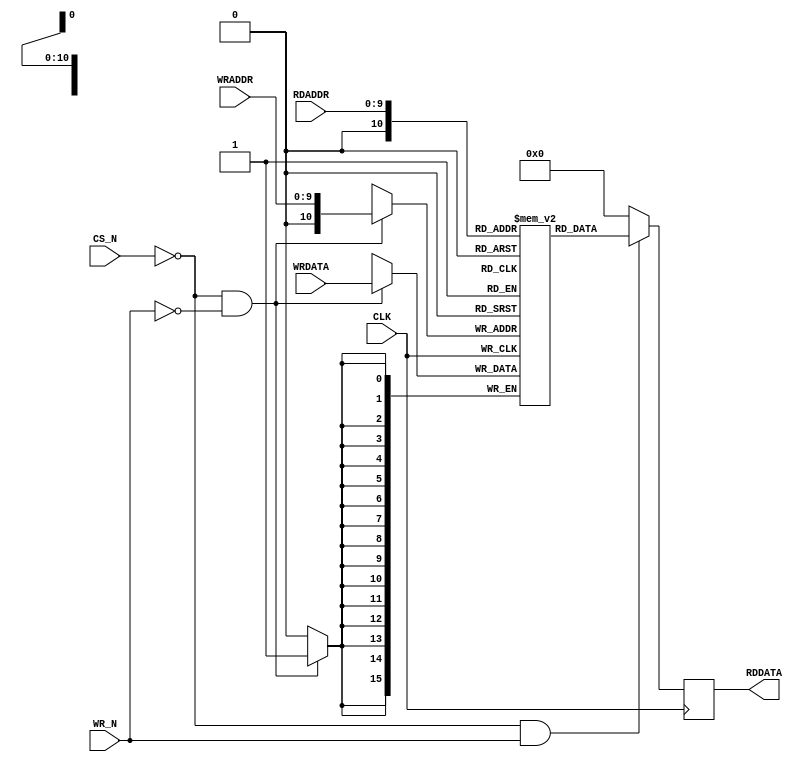
module SRAM (
	CLK,
  CS_N,
  WR_N,
  WRADDR,
  RDADDR,
  WRDATA,
  RDDATA
); 

input	CLK;
input CS_N, WR_N;
input [9:0] WRADDR;
input [9:0] RDADDR;
input [15:0] WRDATA;
output [15:0] RDDATA;

reg [15:0] RAMDATA [0:1024];
reg [15:0] RDDATA_sig;

///////////////////////////////////////////////////////
// sram write
always @(posedge CLK)
begin
	if (CLK == 1'b1) begin
	  if(CS_N == 0 && WR_N == 0) begin
    		RAMDATA[WRADDR] <= WRDATA;
		end
	end
end

///////////////////////////////////////////////////////
// sram read
always @(posedge CLK)
begin
	if (CLK == 1'b1) begin
	  if(CS_N == 0 && WR_N == 1) begin
    		RDDATA_sig <= RAMDATA[RDADDR];
		end else begin
    		RDDATA_sig <= 0;
    end
  	end
end

assign RDDATA = RDDATA_sig;

endmodule